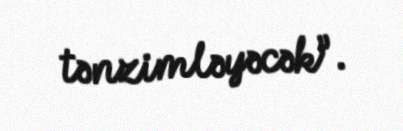
tənzimləyəcək”.